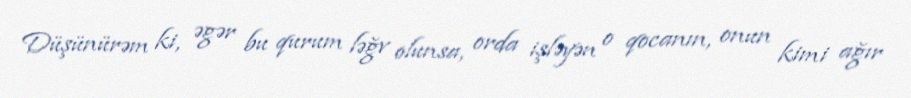
Düşünürəm ki, əgər bu qurum ləğv olunsa, orda işləyən o qocanın, onun kimi ağır